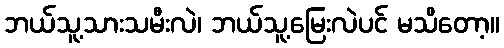
ဘယ်သူ့သားသမီးလဲ၊ ဘယ်သူ့မြေးလဲပင် မသိတော့။